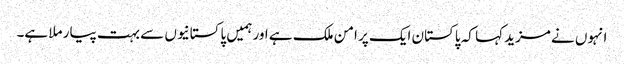
انہوں نے مزید کہا کہ پاکستان ایک پر امن ملک ہے اور ہمیں پاکستانیوں سے بہت پیار ملا ہے۔